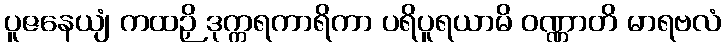
ပူဇနေယျံ ကထဉှိ ဒုက္ကရကာရိကာ ပရိပူရယာမိ ဝဏ္ဏာတိ မာရဗလံ